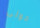
حولى